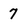
Character: 7